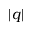
| q |